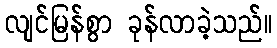
လျင်မြန်စွာ ခုန်လာခဲ့သည်။